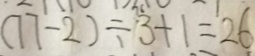
( 7 7 - 2 ) \div 3 + 1 = 2 6